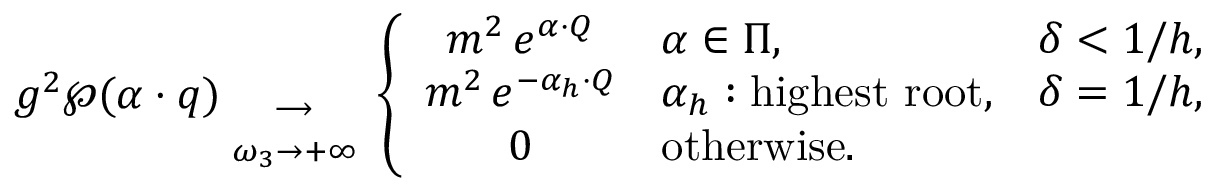
g ^ { 2 } \wp ( \alpha \cdot q ) { { } \atop { \longrightarrow \atop { \omega _ { 3 } \to + \infty } } } \left\{ \begin{array} { c l l } { { m ^ { 2 } \, e ^ { \alpha \cdot Q } } } & { { \alpha \in \Pi , } } & { { \delta < 1 / h , } } \\ { { m ^ { 2 } \, e ^ { - \alpha _ { h } \cdot Q } } } & { { \alpha _ { h } : \mathrm { h i g h e s t ~ r o o t } , } } & { { \delta = 1 / h , } } \\ { { 0 } } & { { \mathrm { o t h e r w i s e . } } } & { { } } \end{array} \right.